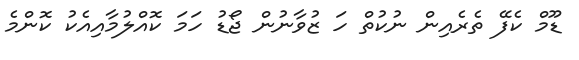
ޑޫމް ކެފޭ ތެރެއިން ނުކުތް ހަ ޒުވާނުން ޖޯޑު ހަމަ ކޮއްލުމާއިއެކު ކޮންމެ